Civil Veterinary Department. United Provinces 1932-42 - 1932-1942
Year: 1932
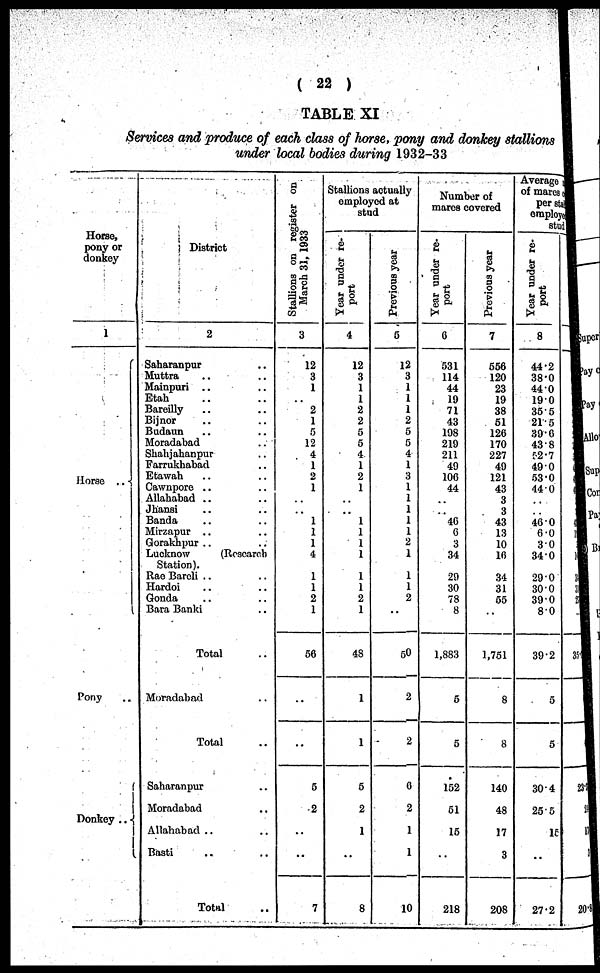
( 22 )
TABLE XI
Services and produce of each class of horse, pony and donkey stallions
under local bodies during 1932-33
Horse,
pony or
donkey
1
Horse ..
Pony..
Donkey ..
District
2
Saharanpur..
Muttra .. ..
Mainpuri .. ..
Etah .. ..
Bareilly .. ..
Bijnor .. ..
Budaun .. ..
Moradabad .. ..
Shahjahanpur .. ..
Farrukhabad .. ..
Etawah .. ..
Cawnpore .. ..
Allahabad .. ..
Jhansi .. ..
Banda .. ..
Mirzapur .. ..
Gorakhpur .. ..
Lucknow
(Research
Station).
Rae Bareli .. ..
Hardoi .. ..
Gonda .. ..
Bara Banki .. ..
Total ..
Moradabad ..
Total ..
Saharanpur ..
Moradabad .. ..
Allahabad .. ..
Basti .. ..
Total ..
Stallions on register on
March 31, 1933
3
12
3
1
2
1
5
12
4
1
2
1
..
..
1
1
1
4
1
1
2
1
56
..
..
5
2
..
7
Stallions actually
employed at
stud
Year under re-
port
4
12
3
1
1
2
2
5
5
4
1
2
1
..
..
1
1
1
1
1
1
2
1
48
1
1
5
2
1
..
8
Previous year
6
12
3
1
1
1
2
5
5
4
4
3
1
..
..
1
1
1
1
1
1
2
..
50
2
2
0
2
1
1
10
Number of
mares covered
Year under re-
port
0
531
114
44
19
71
43
198
219
211
49
100
44
..
..
46
0
3
34
29
30
78
8
1,883
5
5
152
51
16
218
Previous year
7
556
120
23
19
38
51
126
170
227
49
121
43
3
3
43
13
10
10
34
31
55
..
1,751
8
8
140
48
17
3
208
Average
of mares
per sta
employed
stud.
Year under re-
port
8
44.2
38.0
44.0
19.0
35.5
21.5
39.6
43.8
62.7
49.0
53.0
44.0
..
..
46.0
6.0
3.0
34.0
29.0
30.0
39.0
8.0
39.2
5
5
304
255
15
..
27.2
35
23
1
12
1
20. 8